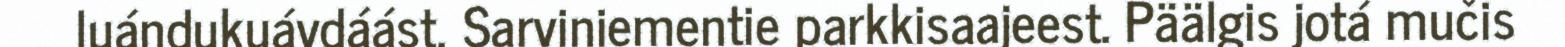
luándukuávdáást, Sarviniementie parkkisaajeest. Päälgis jotá mučis